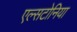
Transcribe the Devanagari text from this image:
एल्सटोनिया